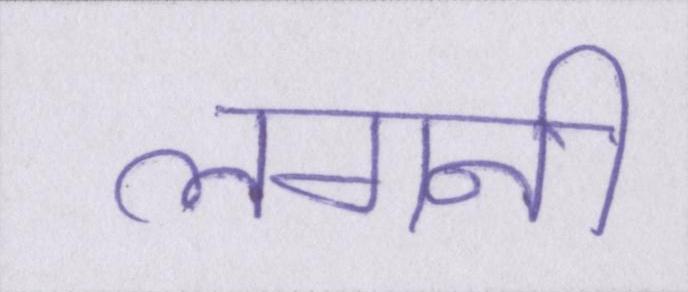
लगनी